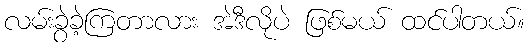
လမ်းခွဲခဲ့ကြတာလား အဲဒီလိုပဲ ဖြစ်မယ် ထင်ပါတယ်။